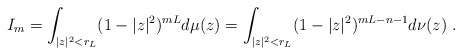
\begin{align*} I_m=\int_{|z|^2<r_L} (1-|z|^2)^{mL} d\mu(z)=\int_{|z|^2<r_L} (1-|z|^2)^{mL-n-1} d\nu(z)\ .\end{align*}